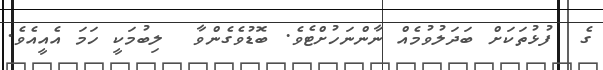
ގެ  ފުޅުތަކަށް ބަދަލުވުމެއް ނާންނަހުށްޓެވެ. ބޮޑުވެގެންވާ  ލިބުމަކީ ހަމަ އެއީއެވެ.